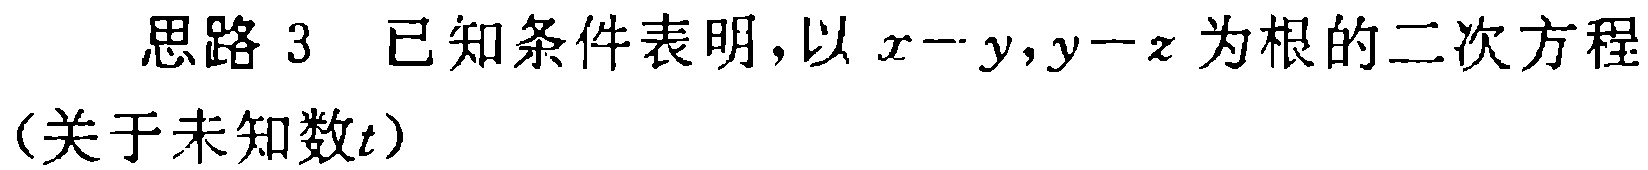
思路 3 已知条件表明，以 \(x - y,y - z\) 为根的二次方程（关于未知数\(t\)）